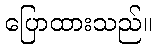
ပြောထားသည်။